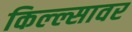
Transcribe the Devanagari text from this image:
किल्ल्सावर